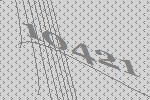
10421